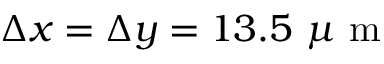
\Delta x = \Delta y = 1 3 . 5 ~ \mu \textrm { m }